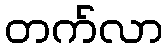
တက်လာ